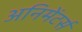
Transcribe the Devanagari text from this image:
अनिमेंटर्स